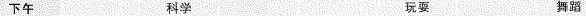
下午 科学 玩耍 舞蹈